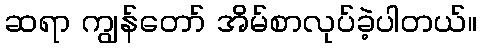
ဆရာ ကျွန်တော် အိမ်စာလုပ်ခဲ့ပါတယ်။